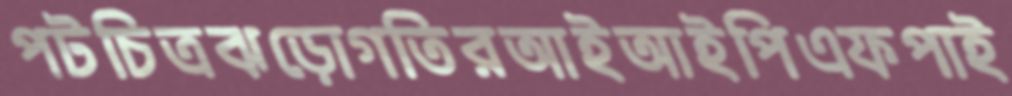
পটচিত্রঝড়োগতিরআইআইপিএফপাই